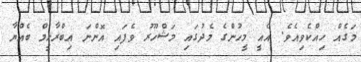
މަގެއް ހިއްކެވިއެވެ. އެއީ މީހުންގެ މެދުގައި މަޝްހޫރު ވެފައި އޮންނަ އިބްރާހީމް ބެއްޔާ